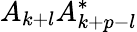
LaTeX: A_{k+l}A_{k+p-l}^{\ast}